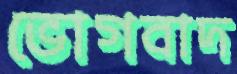
ভোগবাদ